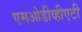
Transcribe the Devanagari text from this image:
एमओडीव्हीएटी